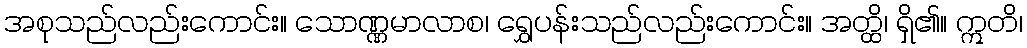
အစုသည်လည်းကောင်း။ သောဏ္ဏမာလာစ၊ ရွှေပန်းသည်လည်းကောင်း။ အတ္ထိ၊ ရှိ၏။ ဣတိ၊